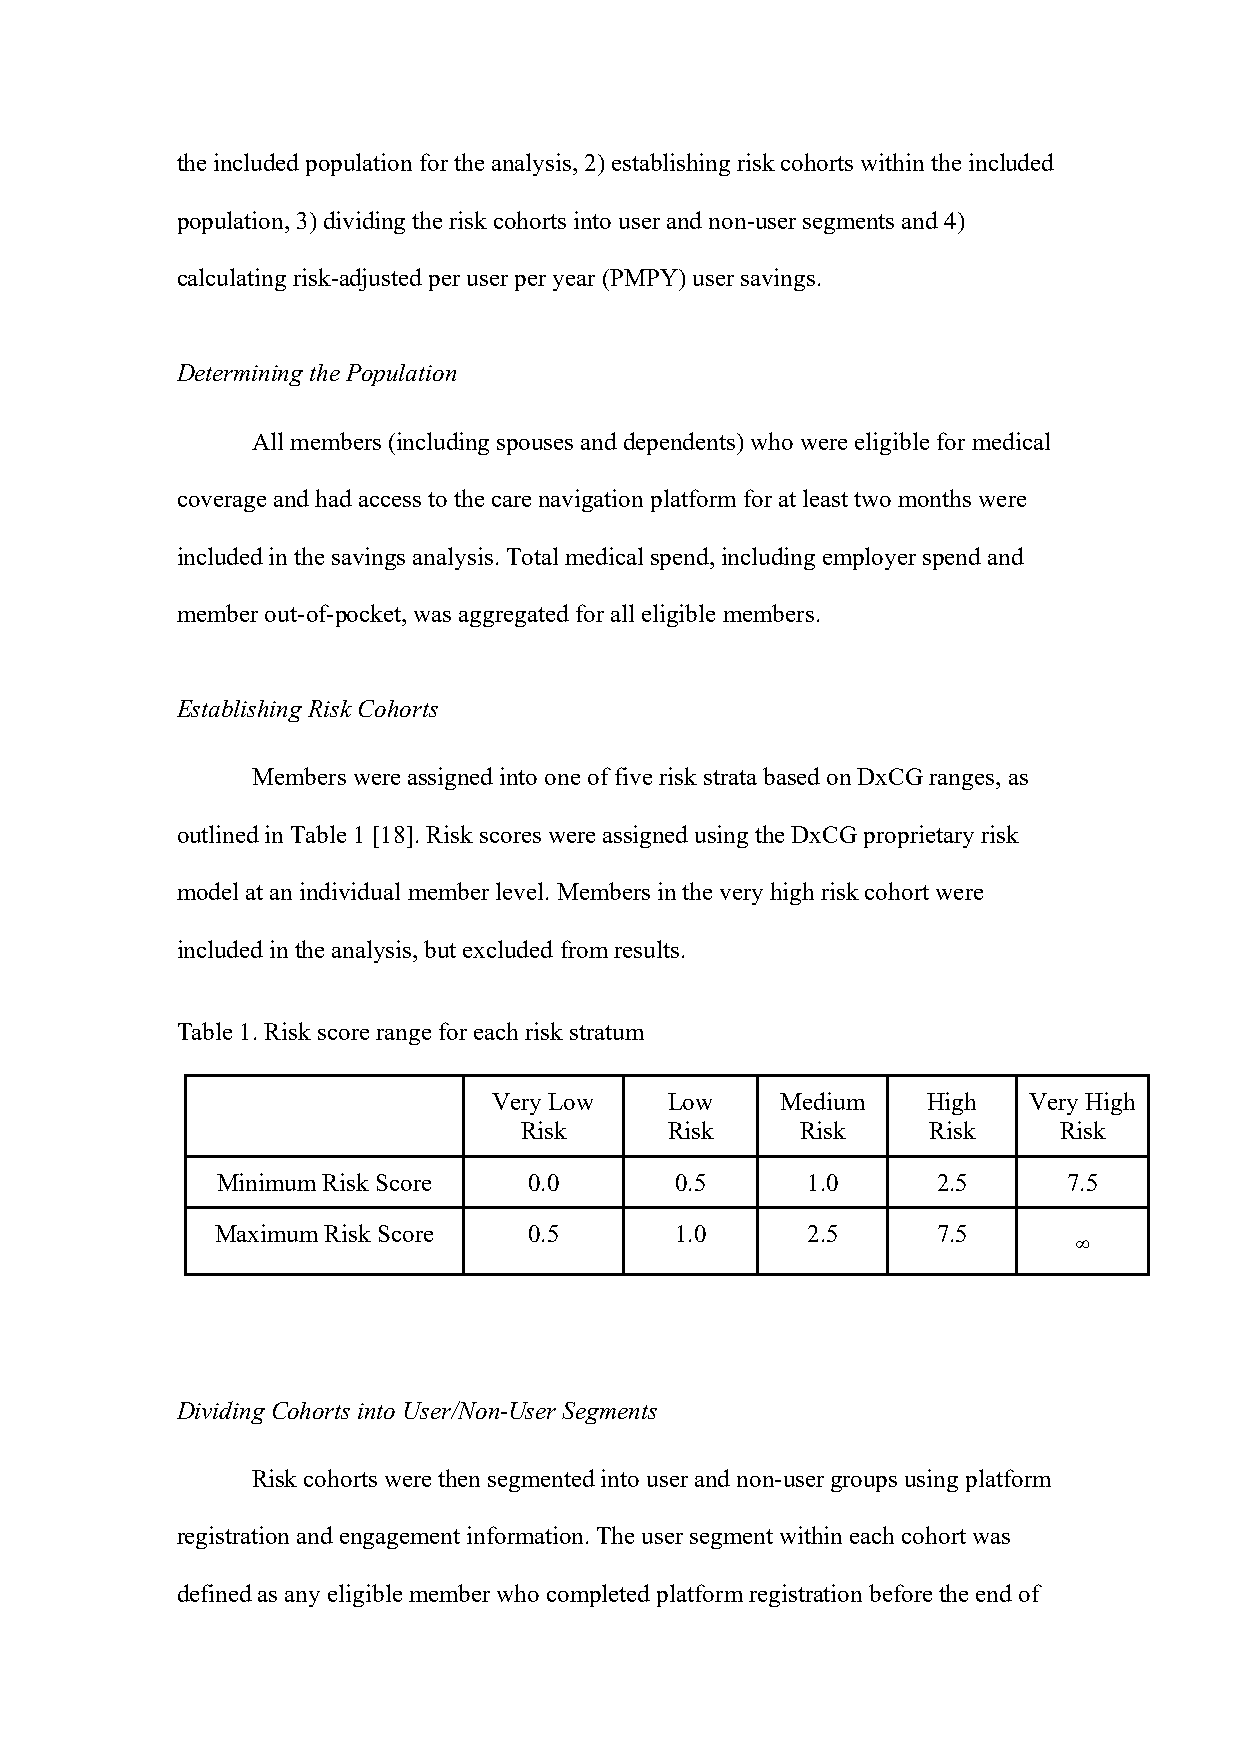
the included population for the analysis, 2) establishing risk cohorts within the included
 population, 3) dividing the risk cohorts into user and non-user segments and 4)
 calculating risk-adjusted per user per year (PMPY) user savings.
 Determining the Population
 All members (including spouses and dependents) who were eligible for medical
 coverage and had access to the care navigation platform for at least two months were
 included in the savings analysis. Total medical spend, including employer spend and
 member out-of-pocket, was aggregated for all eligible members.
 Establishing Risk Cohorts
 Members were assigned into one of five risk strata based on DxCG ranges, as
 outlined in Table 1 [18]. Risk scores were assigned using the DxCG proprietary risk
 model at an individual member level. Members in the very high risk cohort were
 included in the analysis, but excluded from results.
 Table 1. Risk score range for each risk stratum
 Very Low   Low     Medium   High   Very High
 Risk      Risk     Risk     Risk    Risk
 Minimum Risk Score   0.0       0.5     1.0      2.5      7.5
 Maximum Risk Score   0.5       1.0     2.5      7.5
 !
 Dividing Cohorts into User/Non-User Segments
 Risk cohorts were then segmented into user and non-user groups using platform
 registration and engagement information. The user segment within each cohort was
 defined as any eligible member who completed platform registration before the end of